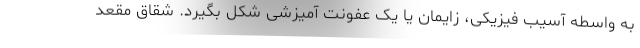
به واسطه آسیب فیزیکی، زایمان یا یک عفونت آمیزشی شکل بگیرد. شقاق مقعد